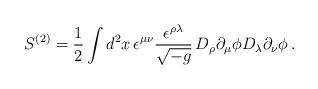
LaTeX: \begin{align*}S^{(2)}=\frac{1}{2}\int d^2x\,\epsilon^{\mu\nu}\frac{\epsilon^{\rho\lambda}}{\sqrt{-g}}\,D_\rho\partial_\mu\phi D_\lambda\partial_\nu\phi\,.\end{align*}